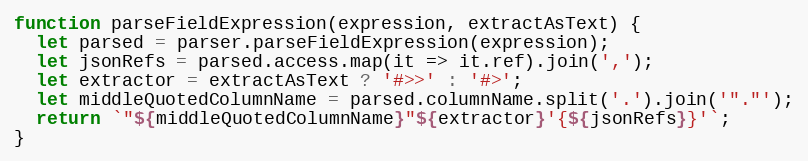
Language: JavaScript
function parseFieldExpression(expression, extractAsText) {
  let parsed = parser.parseFieldExpression(expression);
  let jsonRefs = parsed.access.map(it => it.ref).join(',');
  let extractor = extractAsText ? '#>>' : '#>';
  let middleQuotedColumnName = parsed.columnName.split('.').join('"."');
  return `"${middleQuotedColumnName}"${extractor}'{${jsonRefs}}'`;
}